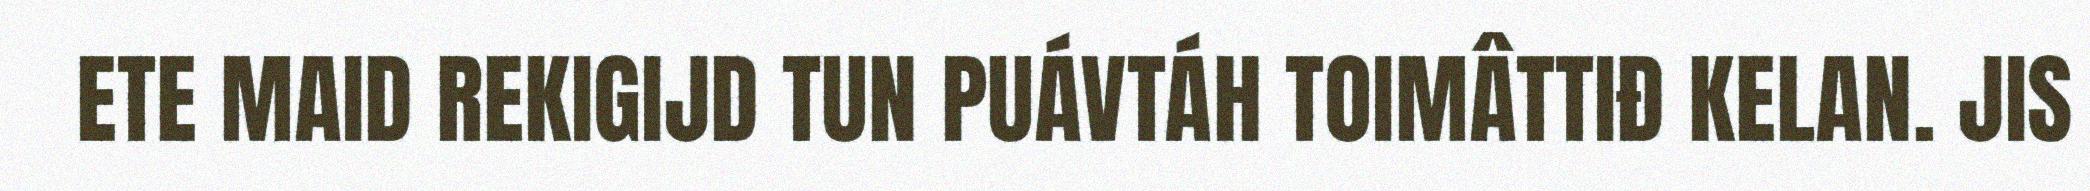
ETE MAID REKIGIJD TUN PUÁVTÁH TOIMÂTTIĐ KELAN. JIS